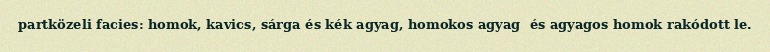
partközeli facies: homok, kavics, sárga és kék agyag, homokos agyag  és agyagos homok rakódott le.